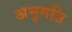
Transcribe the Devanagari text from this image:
अनुगति